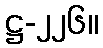
ဋ္ဌ-၂၂၆။